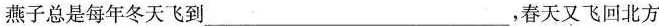
燕子总是每年冬天飞到___，春天又飞回北方